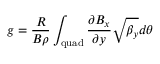
g = \frac { R } { B \rho } \int _ { \mathrm { q u a d } } \frac { \partial B _ { x } } { \partial y } \sqrt { \beta _ { y } } d \theta